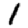
Digit: 1